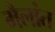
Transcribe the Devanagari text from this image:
मैलांत